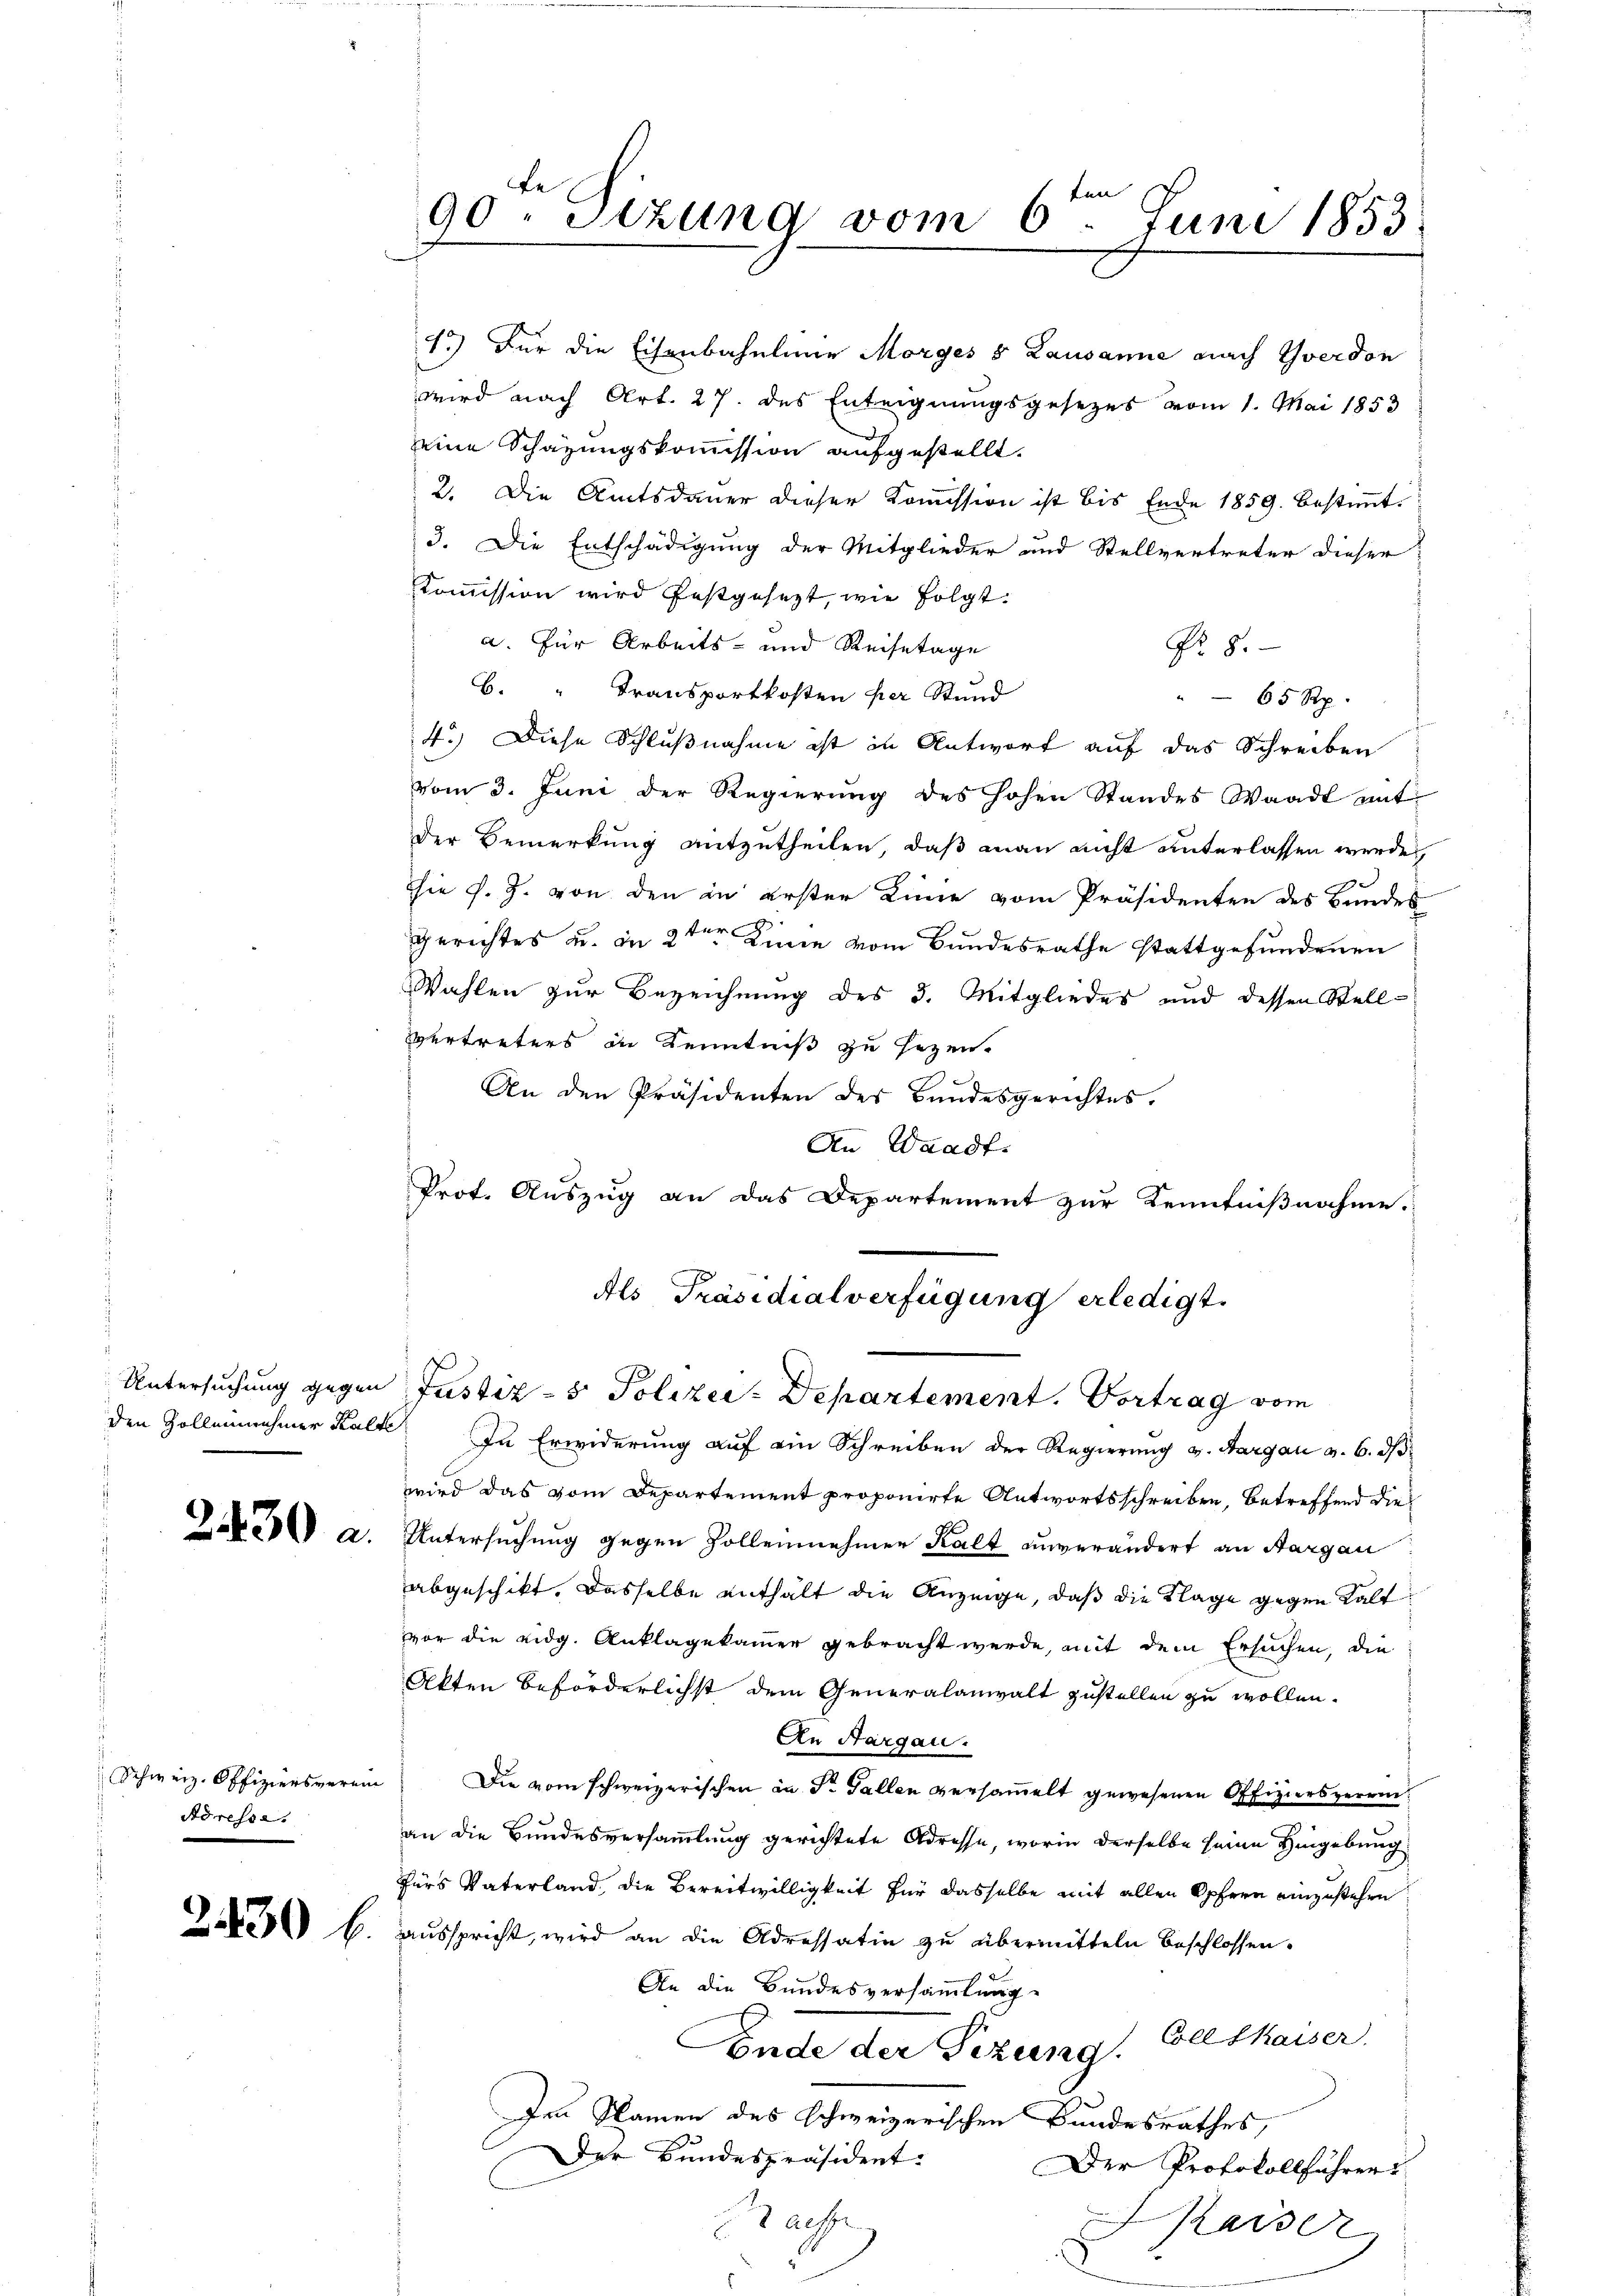
Schweiz. Offiziersverein
Adressa.

1.) Für die Eisenbahnlinie Morges 8 Lausanne nach Yverdon
wird nach Art. 27. des Enteignungsgesezes vom 1. Mai 1853
eine Schazungskommission aufgestellt.
2. Die Amtsdauer dieser Koṁission ist bis Ende 1859. bestiṁt
3. Die Entschädigung der Mitglieder und Stellvertreter dieser
Kommission wird festgesezt, wie folgt.
a. Für Arbeits- und Reisetage
No. 8.
B. " Transportkosten per Stand
65 Rp.
4.) Diese Schlußnahme ist in Antwort auf das Schreiben
vom 3. Juni der Regierŭng des hohen Standes Waadt mit
Der Bemerkung mitzutheilen, daß man nicht unterlassen werde,
hie f. J. von den in erster Linie vom Präsidenten des Bundes
Gerichtes u. in 2ter Linie vom Bundesrathe stattgefundenen
Wahlen zur Bezeichnung des 3. Mitgliedes und dessen Stell¬
Vertreters in Kenntniß zu sezen.
An den Präsidenten des Bundesgerichtes.
An Waadt.
Prot. Auszug an das Departement zur Kenntnißnahme.
Als Präsidialverfügung erledigt.
Untersuchung gegen Justiz- & Polizei-Departement. Vortrag vom
den Zolleinehmer Kalte. In Erwiderung auf ein Schreiben der Regierung v. Aargau v. 6. dβ
wird das vom Departement proponirte Antwortsschreiben, betreffend die
Jaken a. Untersuchung gegen Zolleinehmer Kalt unverändert an Aargau
abgeschikt. Dasselbe enthält die Anzeige, daß die Klage gegen Kalt
vor die eidg. Anklagekammer gebracht werde, mit dem Ersuchen, die
Akten beförderlichst dem Generalanwalt zustellen zu wollen.
An Aargau.
Die vom schweizerischen in St. Gallen versammelt gewesenen Offiziersvereinan die Bundesversammlung gerichtete Adresse, worin derselbe seine Hingebung
fürs Vaterland, die Bereitwilligkeit für dasselbe mit allen Opfern einzustehen
Je b. ausspricht, wird an die Adressatin zu übermitteln beschlossen.
An die Bundesversammlung
Coll thaiser.
Ende der Sizung.
Ien Namen des schweizerischen Bundesrathes,
Der Bundespräsident.
Der Protokollführer
Sache
Kaiser
x

90. Sizung vom 6ten Juni 1853